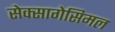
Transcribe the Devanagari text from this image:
सेक्सागेसिमल